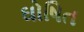
ઘોષિત